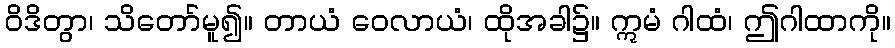
ဝိဒိတွာ၊ သိတော်မူ၍။ တာယံ ဝေလာယံ၊ ထိုအခါ၌။ ဣမံ ဂါထံ၊ ဤဂါထာကို။